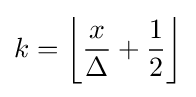
k=\left\lfloor {\frac {x}{\Delta }}+{\frac {1}{2}}\right\rfloor